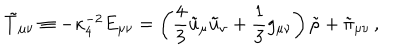
LaTeX: \tilde { T } _ { \mu \nu } \equiv - \kappa _ { 4 } ^ { - 2 } E _ { \mu \nu } = \left( { \frac { 4 } { 3 } } \tilde { u } _ { \mu } \tilde { u } _ { \nu } + { \frac { 1 } { 3 } } g _ { \mu \nu } \right) \tilde { \rho } + \tilde { \pi } _ { \mu \nu } \, ,